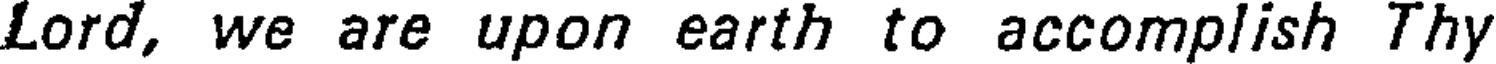
Lord, we are upon earth to accomplish Thy